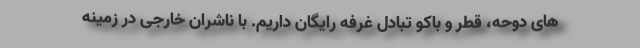
های دوحه، قطر و باکو تبادل غرفه رایگان داریم. با ناشران خارجی در زمینه